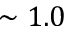
\sim 1 . 0